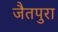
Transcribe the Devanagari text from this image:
जैतपुरा